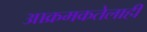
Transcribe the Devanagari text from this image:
आक्रमकतेलाही